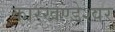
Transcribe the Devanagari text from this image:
कारखण्डेश्वर